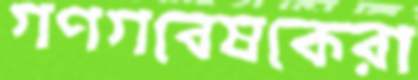
গণগবেষকেরা